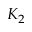
K _ { 2 }